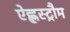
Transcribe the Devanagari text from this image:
ऐह्लस्ट्रौम